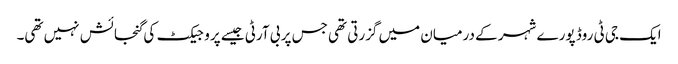
ایک جی ٹی روڈ پورے شہر کے درمیان میں گزرتی تھی جس پر بی آرٹی جیسے پروجیکٹ کی گنجائش نہیں تھی۔